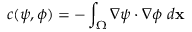
c ( \psi , \phi ) = - \int _ { \Omega } \nabla \psi \cdot \nabla \phi ~ d \mathbf { x }